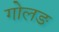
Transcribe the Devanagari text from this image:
गोलङ